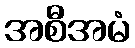
အစီအမံ